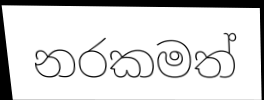
නරකමත්